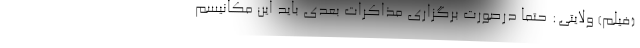
(فیلم) ولایتی: حتماً درصورت برگزاری مذاکرات بعدی باید این مکانیسم